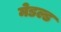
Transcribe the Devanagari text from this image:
मेडल्ड